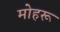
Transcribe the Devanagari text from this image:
मोहरू